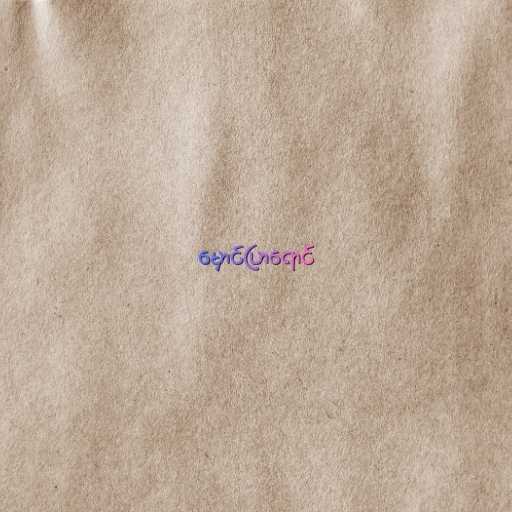
မှောင်ပြာရောင်